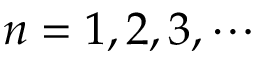
n = 1 , 2 , 3 , \cdots